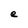
Character: e